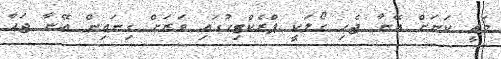
މަތީ ކަނަށް އޭނާ ޖެހި ގޯލަކީ ޕްރެކްޓިހުގައި ވަރަށް ގިނައިން އޭނާ ޖަހާ